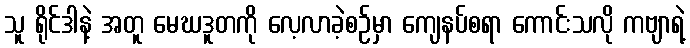
သူ ရိုင်ဒါနဲ့ အတူ မေဃဒူတကို လေ့လာခဲ့စဉ်မှာ ကျေနပ်စရာ ကောင်းသလို ကဗျာရဲ့